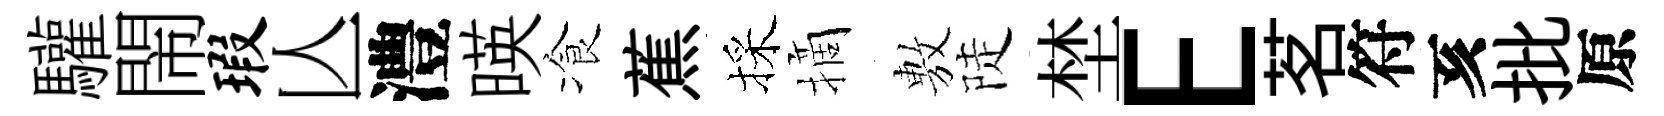
驩閙瑕亾澧暎飡蕉採摘𢾾陡埜E茗符亥批原